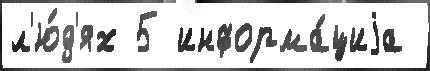
л'ю́д'ях 5 информа́циjа